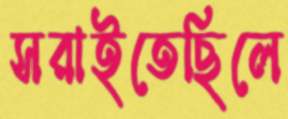
সরাইতেছিলে